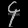
Digit: ၄